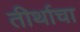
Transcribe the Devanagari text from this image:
तीर्थाचा